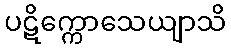
ပဋိက္ကောသေယျာသိ